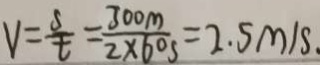
V = \frac { s } { t } = \frac { 3 0 0 M } { 2 \times 6 0 s } = 2 . 5 m / s .